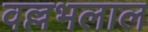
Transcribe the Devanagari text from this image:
वल्लभलाल